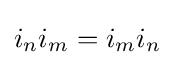
i_{n}i_{m}=i_{m}i_{n}